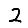
Digit: 2